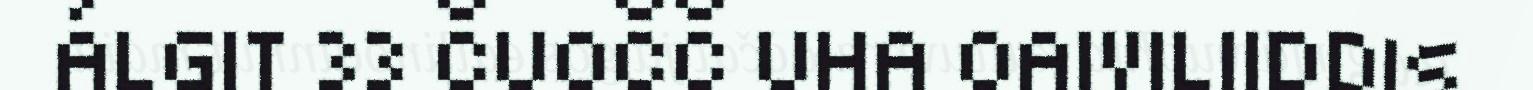
ÁLGIT 33 ČUOČČ UHA OAIVILIIDDIS